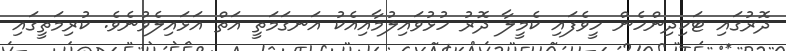
ދޮރުގައި ޓަކިދިންހެން ހީވެފައި ކެމީލާ ދޮރު ހުޅުވައިލުމާއިއެކު އަނގަމަތީ އަތް އަޅައިލެވުނެވެ. ކުރިމަތީގައި